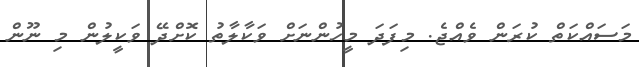
މަސައްކަތް ކުރަން ވެއްޖެ. މިފަދަ މީހުންނަށް ވަކާލާތު ކޮށްދޭ ވަކީލުން މި ނޫން